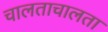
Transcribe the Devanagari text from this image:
चालताचालता